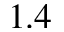
1 . 4